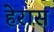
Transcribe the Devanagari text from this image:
हेरास